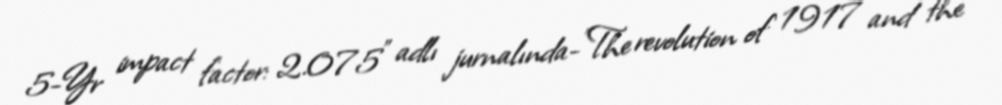
5-Yr impact factor: 2.075" adlı jurnalında-"The revolution of 1917 and the